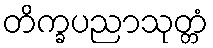
တိက္ခပညာသုတ္တံ